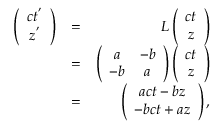
\begin{array} { r l r } { \left( \begin{array} { c c } { c t ^ { ' } } \\ { z ^ { ' } } \end{array} \right) } & { = } & { L \left( \begin{array} { c c } { c t } \\ { z } \end{array} \right) } \\ & { = } & { \left( \begin{array} { c c } { a } & { - b } \\ { - b } & { a } \end{array} \right) \left( \begin{array} { c c } { c t } \\ { z } \end{array} \right) } \\ & { = } & { \left( \begin{array} { c c } { a c t - b z } \\ { - b c t + a z } \end{array} \right) , } \end{array}